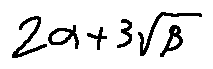
2 \alpha + 3 \sqrt { \beta }